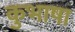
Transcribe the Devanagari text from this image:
कुभाषा